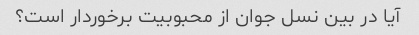
آیا در بین نسل جوان از محبوبیت برخوردار است؟